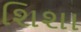
શિશા